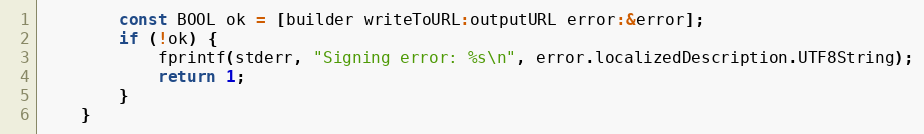
Language: C
        const BOOL ok = [builder writeToURL:outputURL error:&error];
        if (!ok) {
            fprintf(stderr, "Signing error: %s\n", error.localizedDescription.UTF8String);
            return 1;
        }
    }